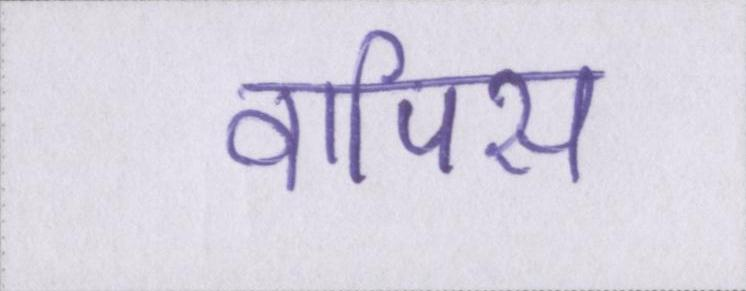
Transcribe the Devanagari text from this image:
वापिस